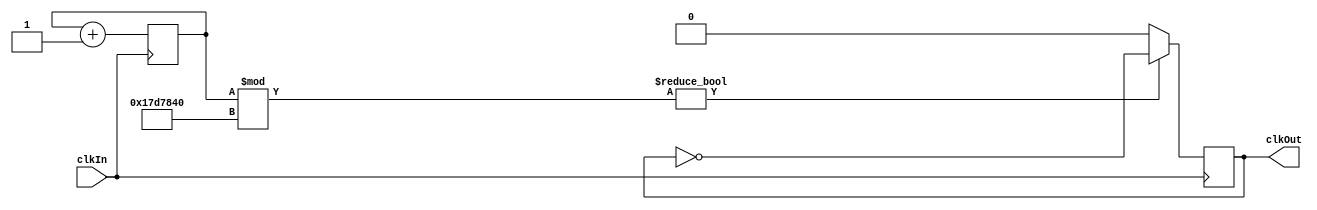
module ClockDiviver(clkOut, clkIn);
	parameter freq = 1;	// in hz
	
	input clkIn;
	
	output clkOut;
	
	reg clkOut;
	reg [31:0] counter;
	
	always@(posedge clkIn) begin
		clkOut <= 0;
		counter <= 0;
		if (counter % (50000000 / (freq * 2))) begin
			clkOut <= ~clkOut;
		end
		counter <= counter + 1;
	end	
endmodule